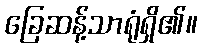
ခြေဆန့်သာရုံရှိ၏။